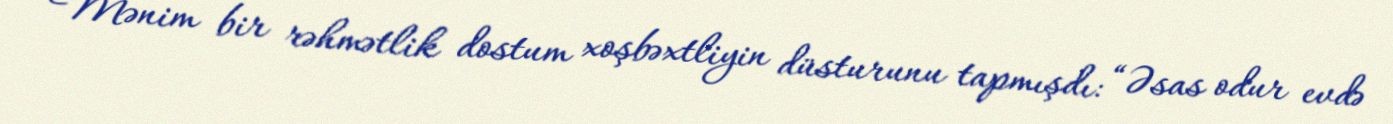
Mənim bir rəhmətlik dostum xoşbəxtliyin düsturunu tapmışdı: “Əsas odur evdə